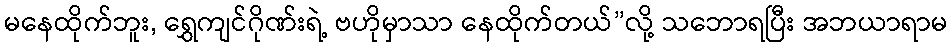
မနေထိုက်ဘူး, ရွှေကျင်ဂိုဏ်းရဲ့ ဗဟိုမှာသာ နေထိုက်တယ်”လို့ သဘောရပြီး အဘယာရာမ